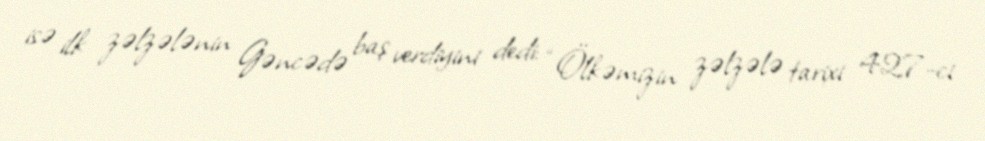
isə ilk zəlzələnin Gəncədə baş verdiyini dedi: “Ölkəmizin zəlzələ tarixi 427-ci